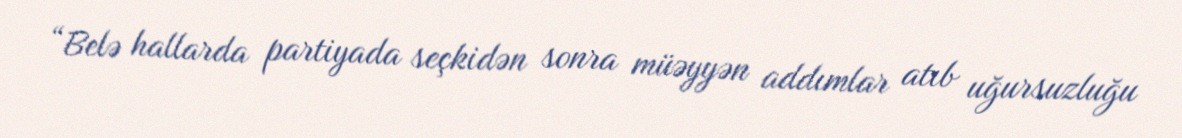
“Belə hallarda partiyada seçkidən sonra müəyyən addımlar atıb uğursuzluğu